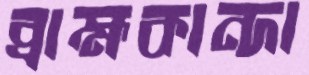
ব্রাহ্মকান্দা